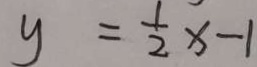
y = \frac { 1 } { 2 } x - 1